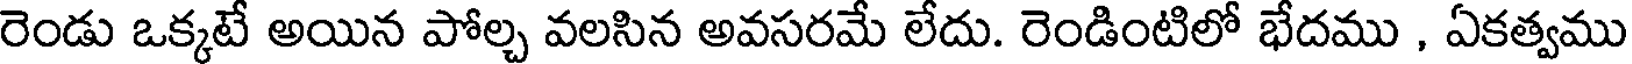
రెండు ఒక్కటే అయిన పోల్చ వలసిన అవసరమే లేదు. రెండింటిలో భేదము , ఏకత్వము